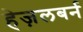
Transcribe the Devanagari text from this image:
हेज़लबर्न